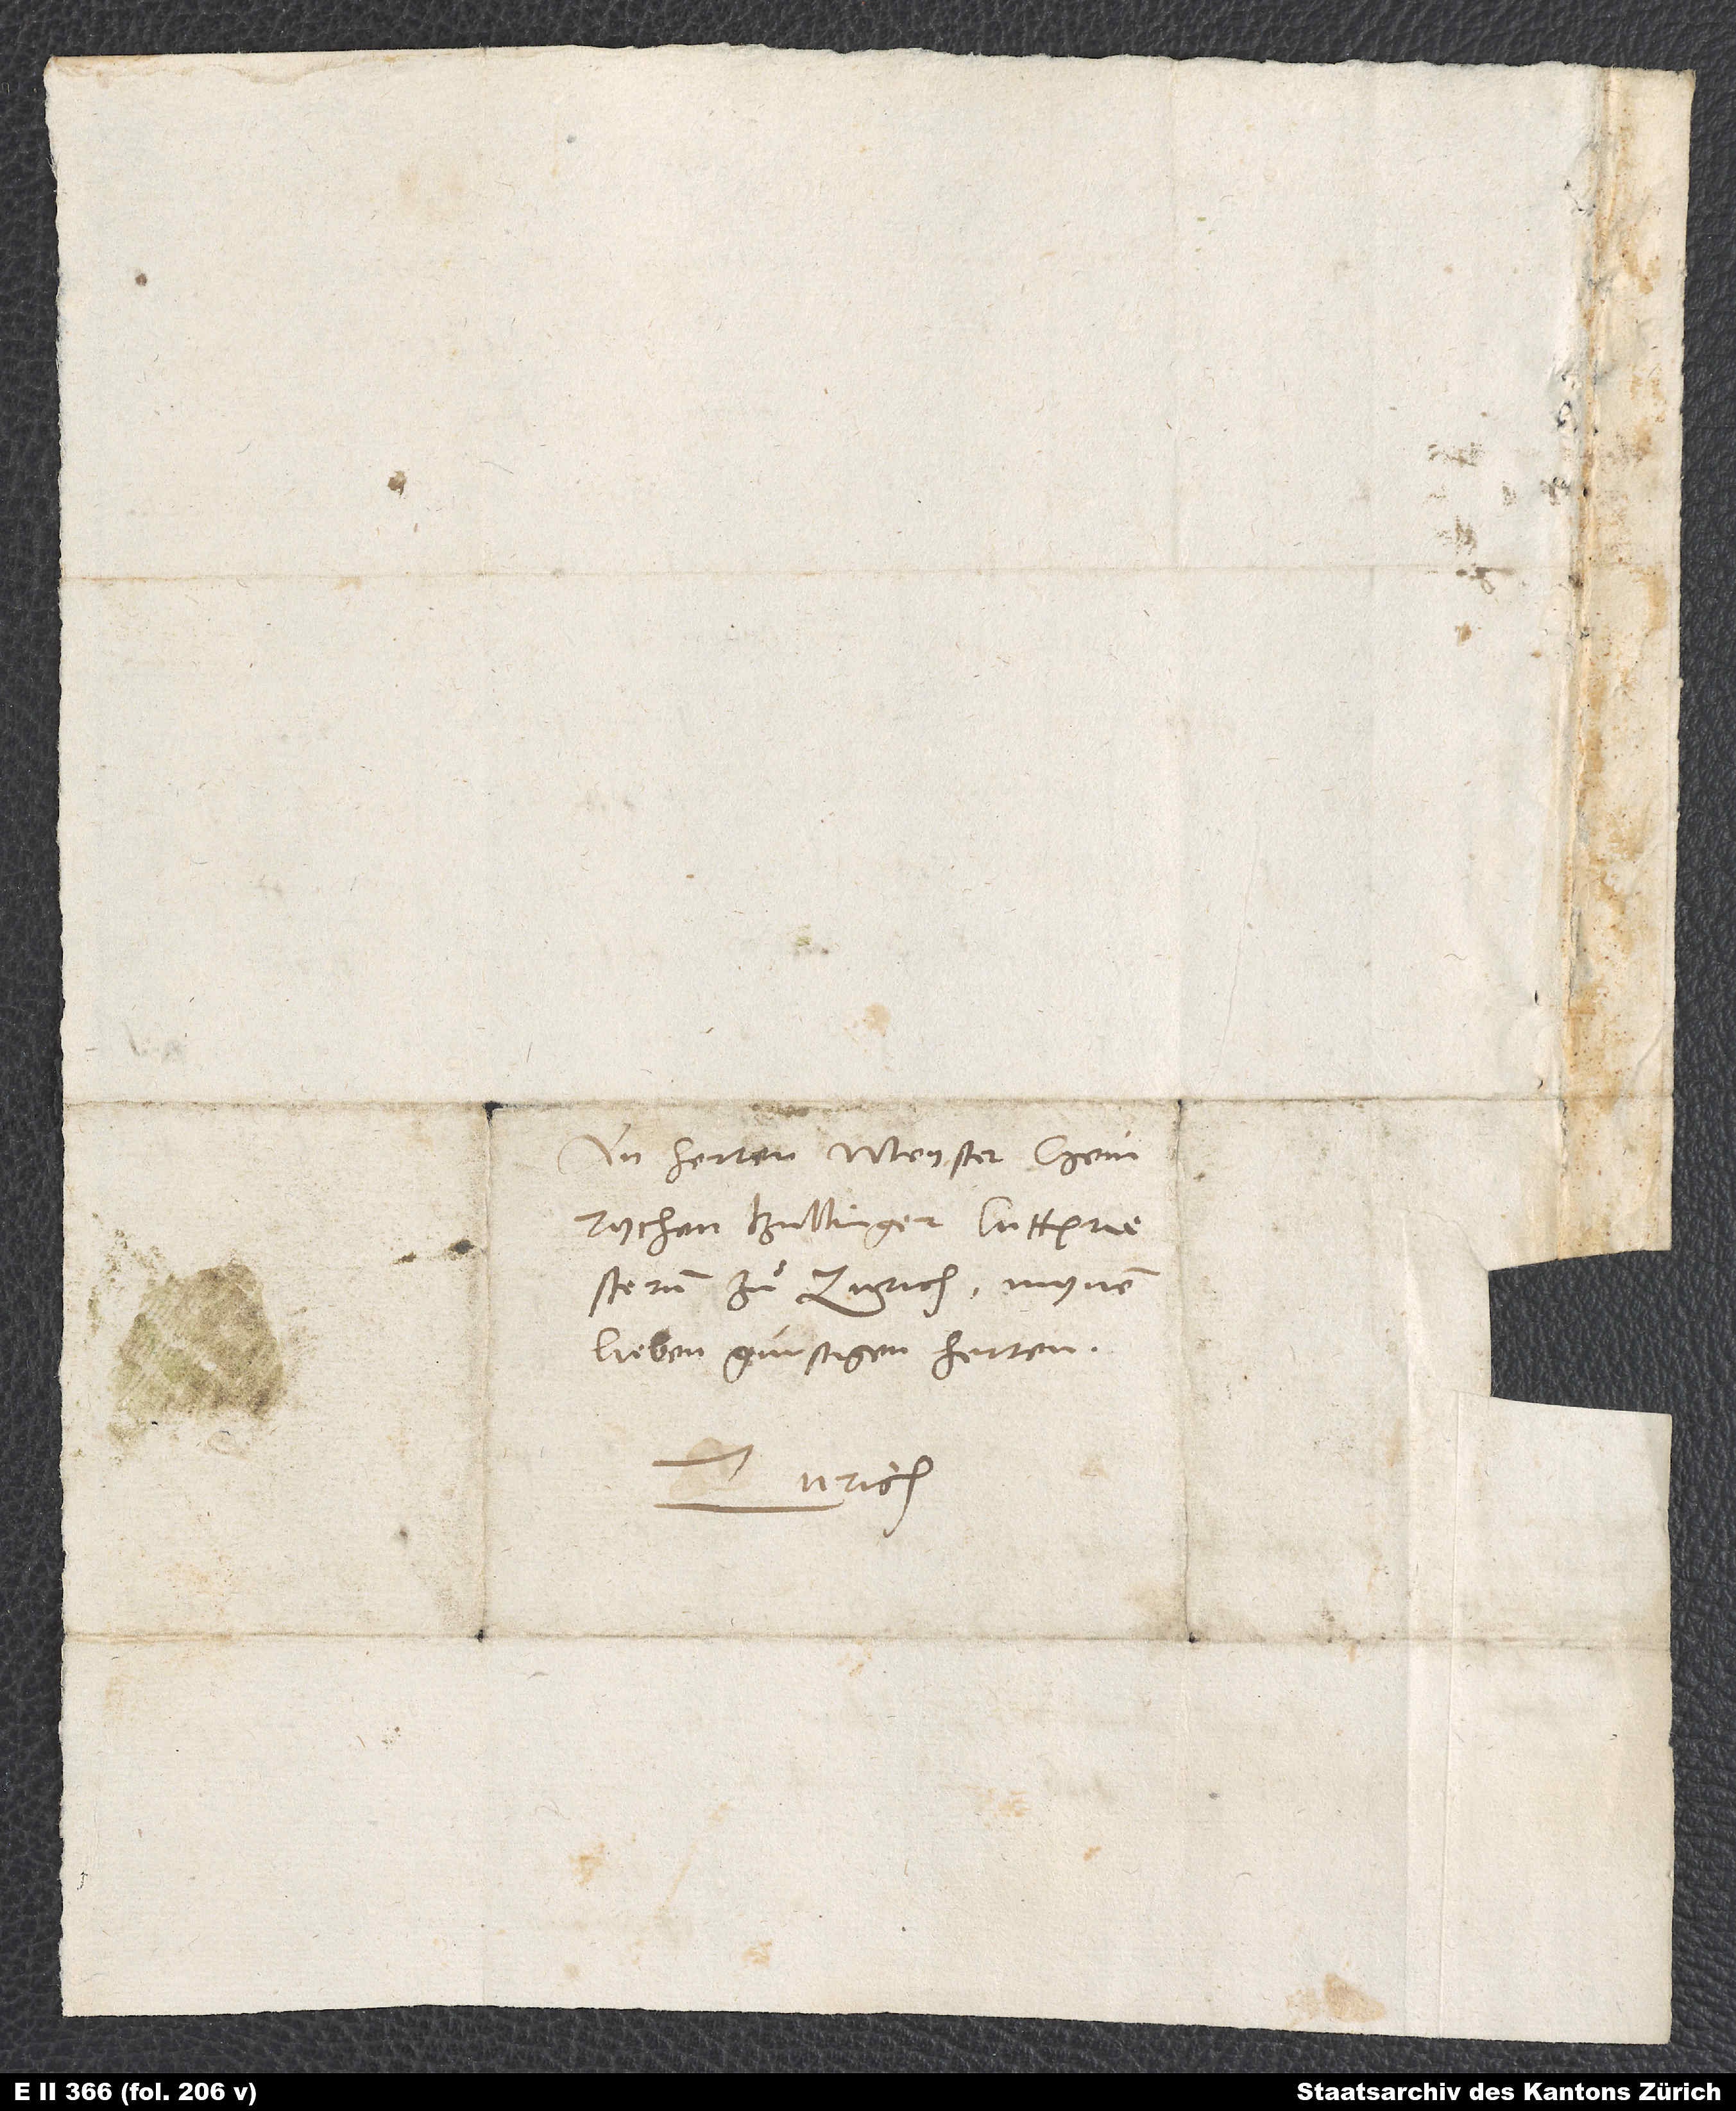
An herren Meyster Heinrychen
zu Zurich, mynen
lieben günstigen herren.
Zurich.